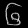
Digit: ၆